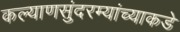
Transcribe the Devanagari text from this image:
कल्याणसुंदरम्यांच्याकडे